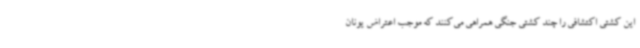
این کشتی اکتشافی را چند کشتی جنگی همراهی می‌کنند که موجب اعتراض یونان